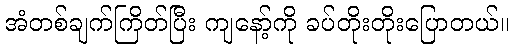
အံတစ်ချက်ကြိတ်ပြီး ကျနော့်ကို ခပ်တိုးတိုးပြောတယ်။